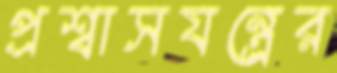
প্রশ্বাসযন্ত্রের